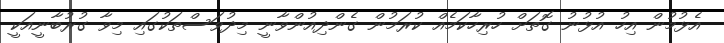
އެޅުމުން އިހު އުޅުނު ގޮތަށް ހުރިހާކަމެއް ކުރަމުން ގެންދިއުންވާނީ މިދުވަސްތަކުގައި މިވާ ގުރުބާނީއަކީ